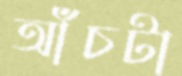
আঁচটা